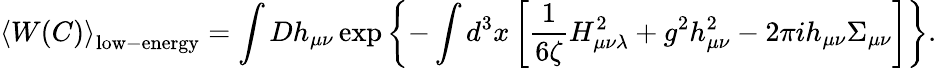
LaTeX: \left<W(C)\right>_{\mathrm{low-energy}}=\int Dh_{\mu\nu}\exp\left\{ -\int d^{3}x\left[\frac{1}{6\zeta}H_{\mu\nu\lambda}^{2}+g^{2}h_{\mu\nu}^{2}-2\pi ih_{\mu\nu}\Sigma_{\mu\nu}\right]\right\} .